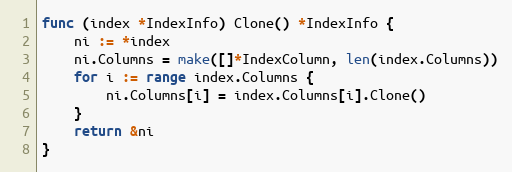
Language: Go
func (index *IndexInfo) Clone() *IndexInfo {
	ni := *index
	ni.Columns = make([]*IndexColumn, len(index.Columns))
	for i := range index.Columns {
		ni.Columns[i] = index.Columns[i].Clone()
	}
	return &ni
}